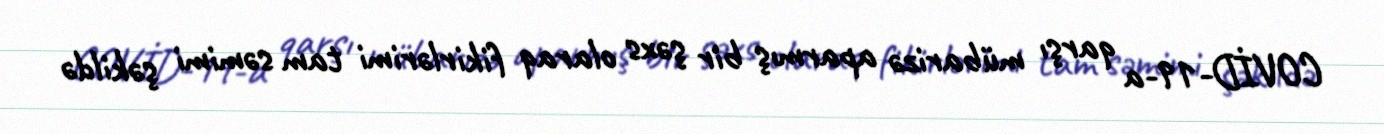
COVİD-19-a qarşı mübarizə aparmış bir şəxs olaraq fikirlərimi tam səmimi şəkildə